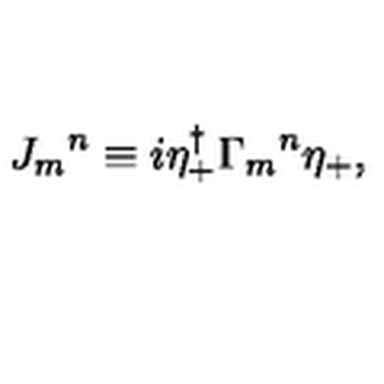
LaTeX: { J _ { m } } ^ { n } \equiv i \eta _ { + } ^ { \dagger } { \Gamma _ { m } } ^ { n } \eta _ { + } ,